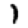
Digit: 1